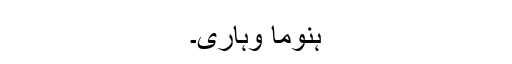
ہنوما وہاری۔